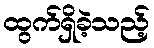
ထွက်ရှိခဲ့သည့်